DOW-UAP-D48, Department of the Air Force Report, 1996
Agency: Department of War
Incident date: 9/10/96
Page 17
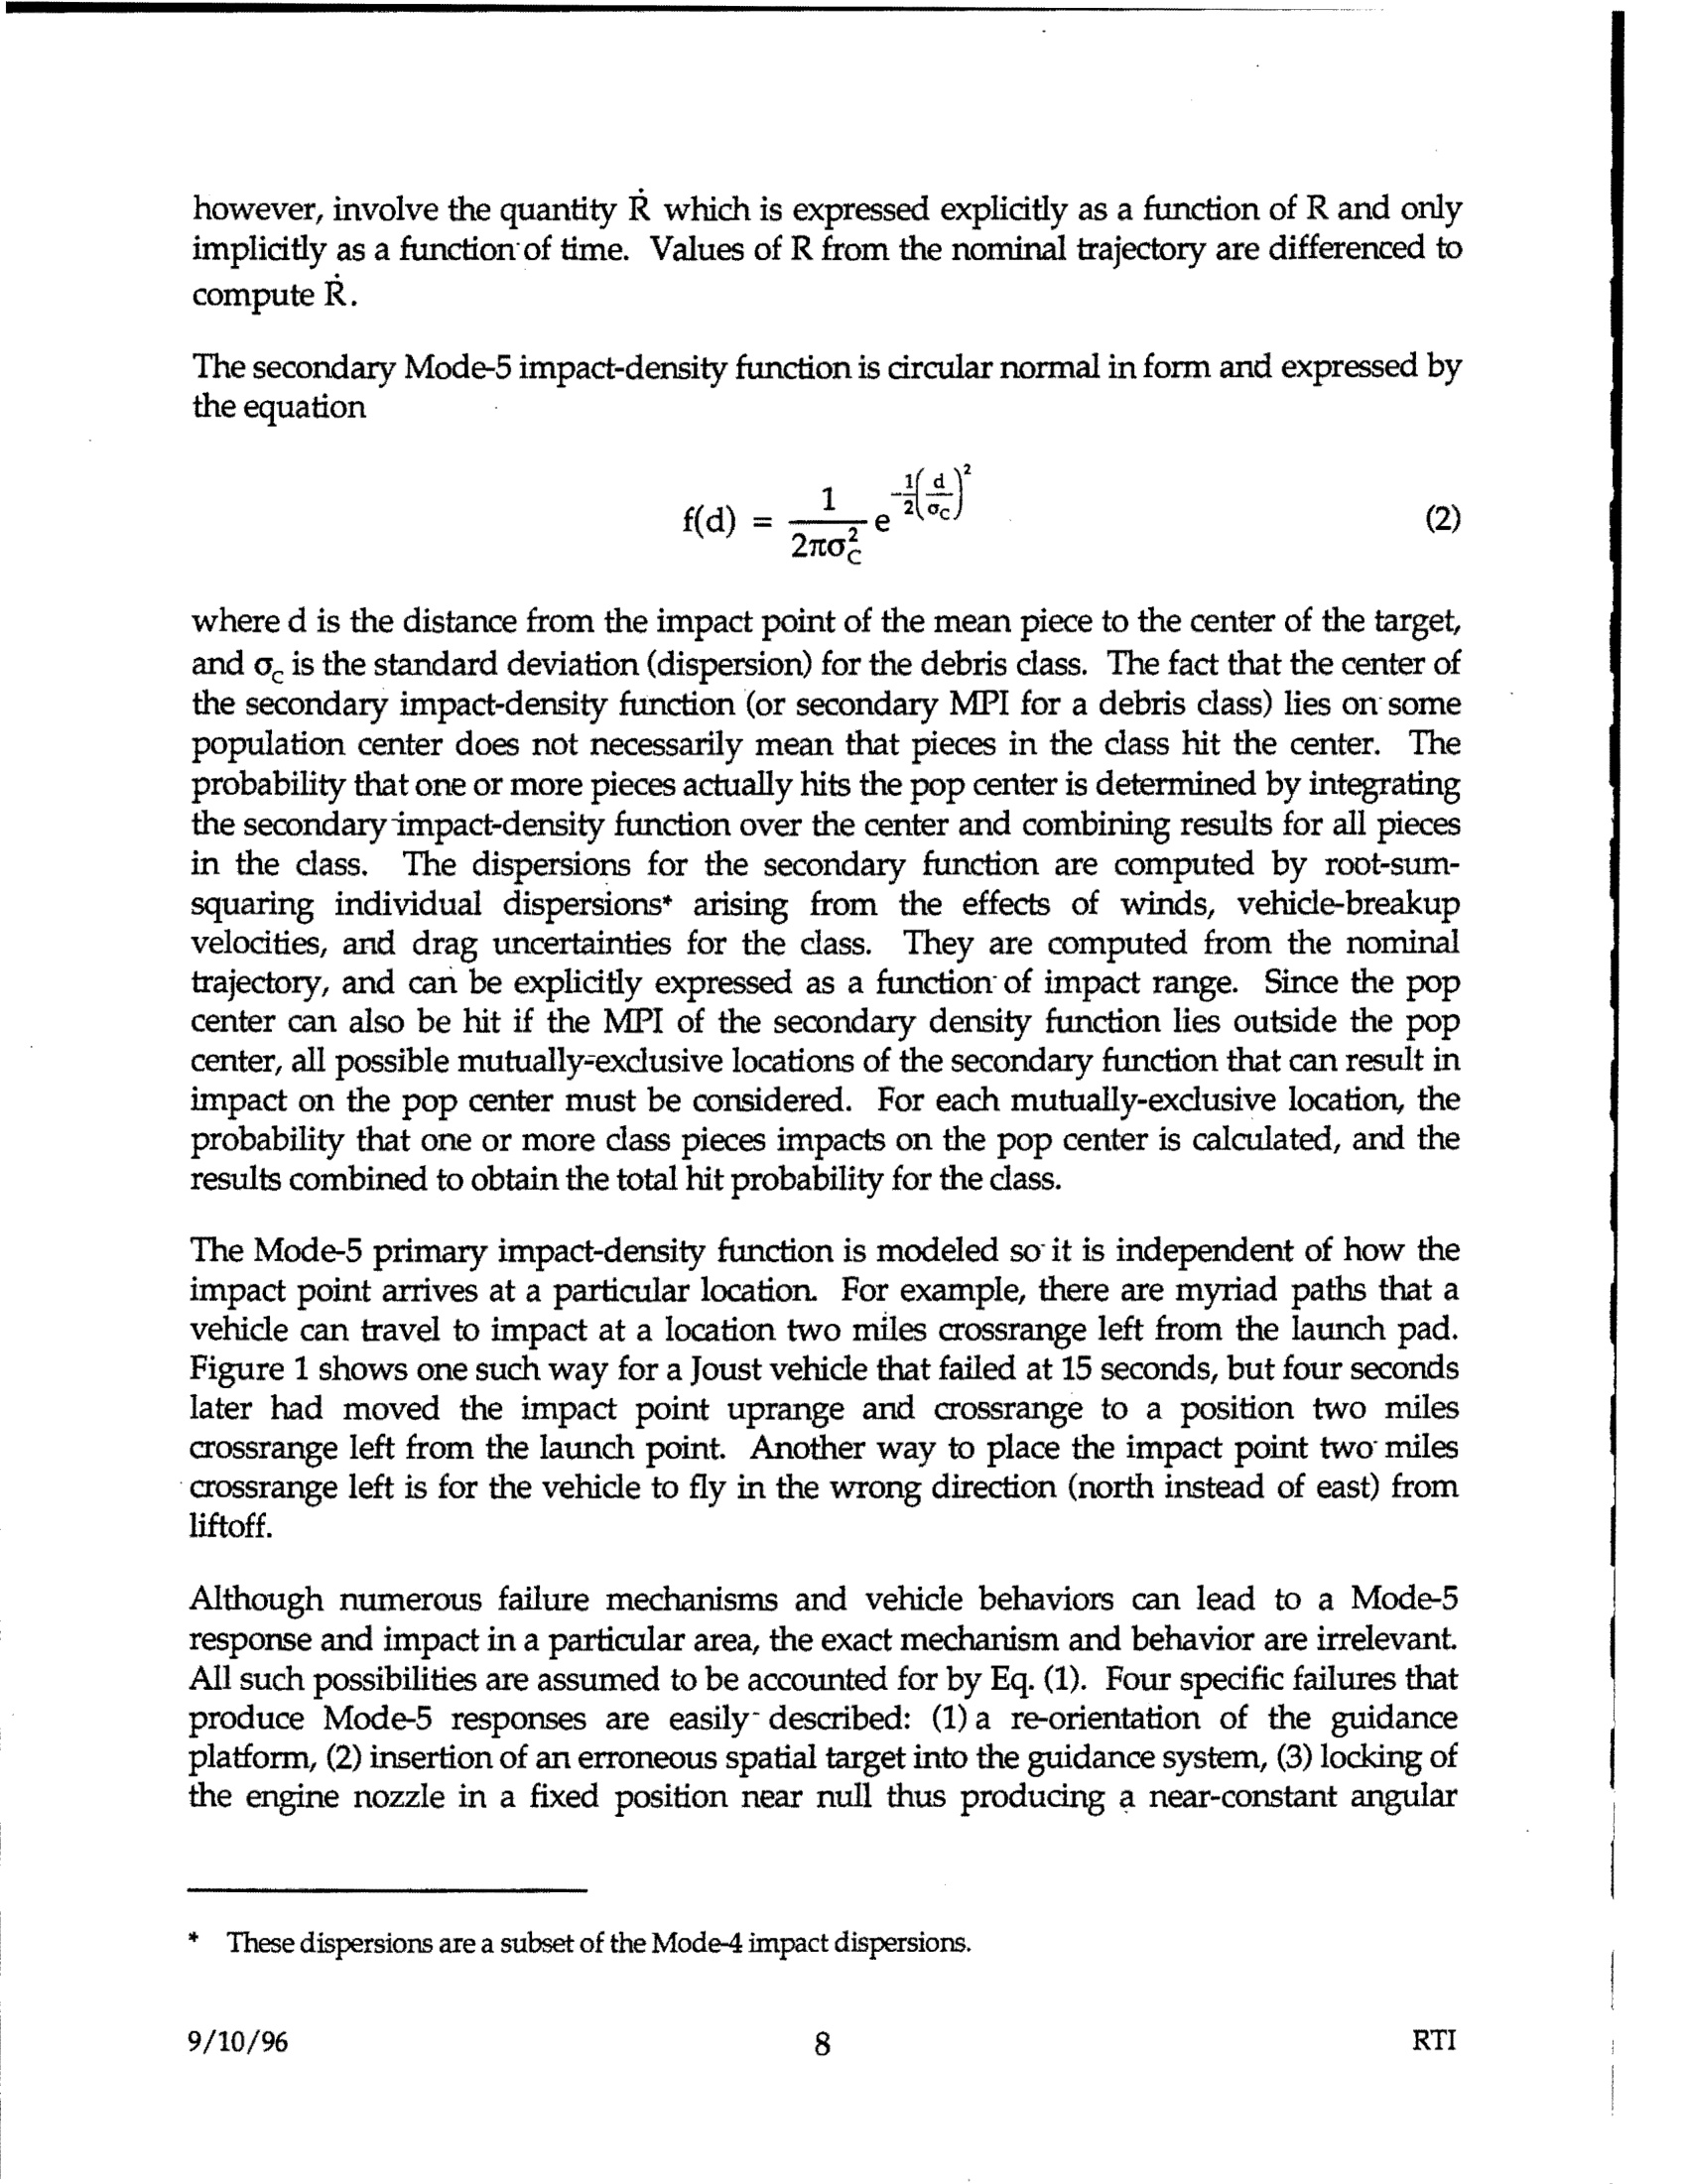